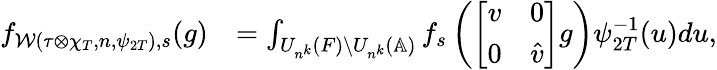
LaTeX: \begin{array}{rl}{f_{\mathcal{W}(\tau\otimes\chi_{T},n,\psi_{2T}),s}(g)}&{=\int_{U_{n^{k}}(F)\backslash U_{n^{k}}(\mathbb{A})}f_{s}\left(\left[\begin{array}{cc}{v}&{0}\\ {0}&{\hat{v}}\end{array}\right]g\right)\psi_{2T}^{-1}(u)du,}\end{array}